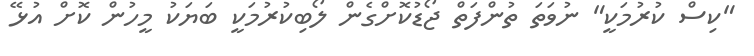
"ކިސް ކުރުމަކީ" ނުވަތަ ތުންފަތް ޖޯޑުކޮށްގެން ލޯބިކުރުމަކީ ބަޔަކު މީހުން ކޮށް އުޅޭ